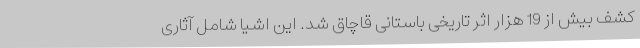
کشف بیش از 19 هزار اثر تاریخی باستانی قاچاق شد. این اشیا شامل آثاری